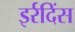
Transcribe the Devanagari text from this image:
इर्रदिंस